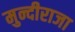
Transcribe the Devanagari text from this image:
मुन्दीराजा